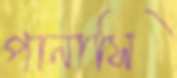
পানাসি